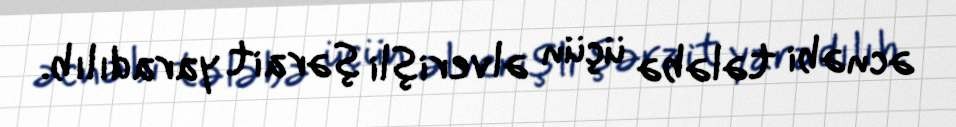
əcnəbi tələbə üçün əlverişli şərait yaradılıb.